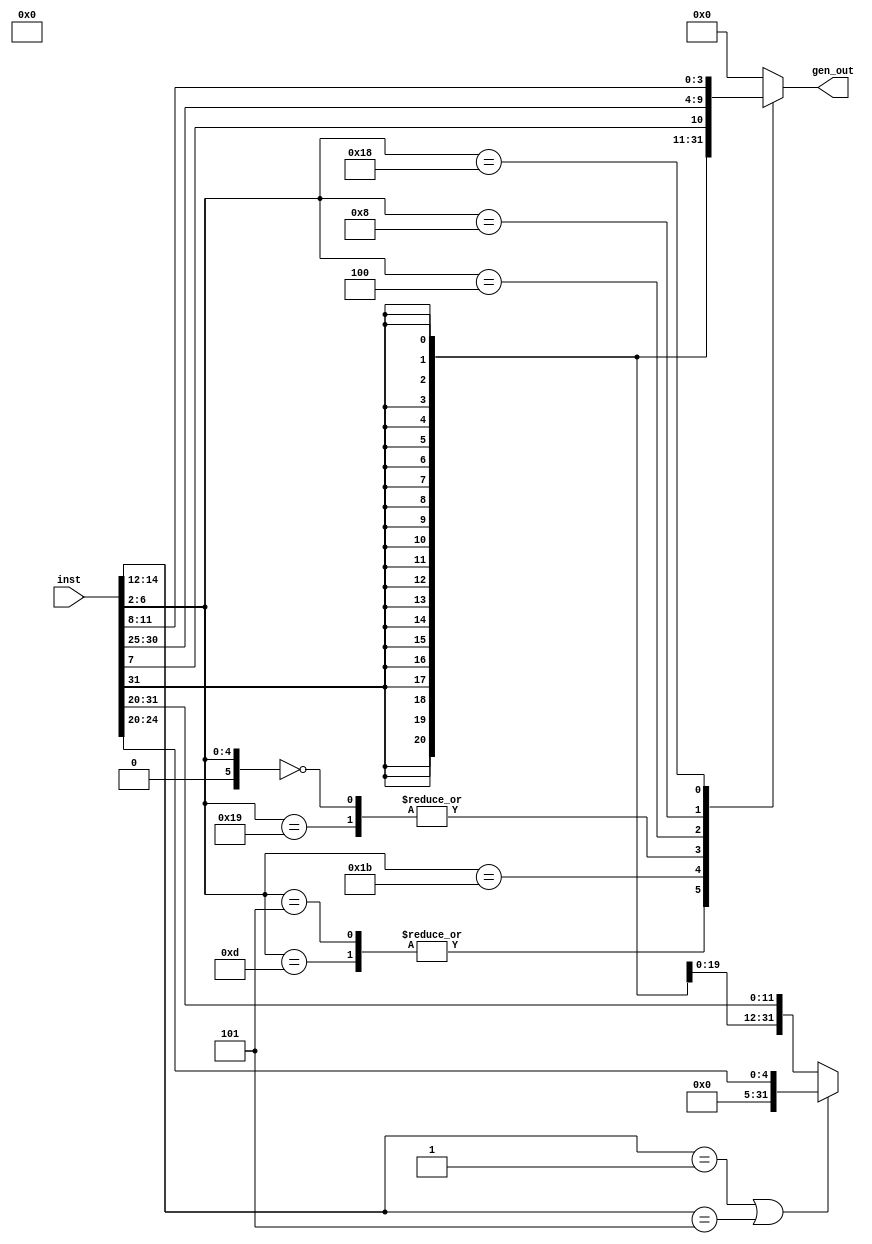
`timescale 1ns / 1ps
//////////////////////////////////////////////////////////////////////////////////
// Company: 
// Engineer: 
// 
// Design Name: 
// Module Name: immediate
// Project Name: 
// Target Devices: 
// Tool Versions: 
// Description: 
// 
// Dependencies: 
// 
// Revision:
// Revision 0.01 - File Created
// Additional Comments:
// 
//////////////////////////////////////////////////////////////////////////////////

module Imm_Gen ( input [31:0] inst, output reg [31:0] gen_out); 

//LW SW BEQ
wire [5:0] flag;
assign flag = inst[6:2]; 
always @(*) begin
	case (flag)
5'b01101   :    gen_out = {inst[31:12], 12'd0}; //LUI
5'b00101   :    gen_out = {inst[31:12], 12'd0}; //AUIPC
5'b11011   : 	gen_out = { {13{inst[31]}}, inst[19: 12], inst[20] ,inst[30:21]}; //JAL
5'b11001   : 	gen_out = { {21{inst[31]}}, inst[30:20]}; //JALR
5'b00000   : 	gen_out = { {21{inst[31]}}, inst[30:20]}; //I-type
5'b00100   : 	
        begin if (inst[14:12] == 3'b001 || inst[14:12] == 3'b101)
            gen_out = inst[24:20]; //Shift amount
        else
            gen_out = { {21{inst[31]}}, inst[30:20]}; //I-type
        end 
5'b01000   :    gen_out = { {21{inst[31]}}, inst[30:25], inst[11:7] }; //S-type
5'b11000   :    gen_out = { {21{inst[31]}}, inst[7], inst[30:25], inst[11:8]}; //B-type

default    :    gen_out = 32'b0;
	endcase 
end

endmodule